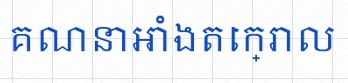
គណនាអាំងតេក្រាល